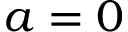
a = 0